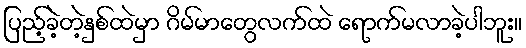
ပြည့်ခဲ့တဲ့နှစ်ထဲမှာ ဂိမ်မာတွေလက်ထဲ ရောက်မလာခဲ့ပါဘူး။